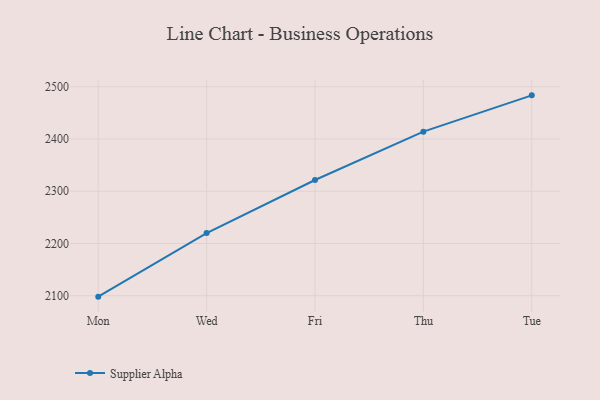
{"axis": {"x": "Day", "y": "Website Visitors"}, "legend": ["Supplier Alpha"], "data": [{"x": "Mon", "y": 2098.2, "type": "Supplier Alpha"}, {"x": "Wed", "y": 2220.0, "type": "Supplier Alpha"}, {"x": "Fri", "y": 2321.5, "type": "Supplier Alpha"}, {"x": "Thu", "y": 2414.0, "type": "Supplier Alpha"}, {"x": "Tue", "y": 2483.5, "type": "Supplier Alpha"}]}